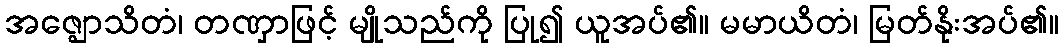
အဇ္ဈောသိတံ၊ တဏှာဖြင့် မျိုသည်ကို ပြု၍ ယူအပ်၏။ မမာယိတံ၊ မြတ်နိုးအပ်၏။